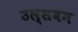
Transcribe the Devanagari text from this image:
उल्सवम